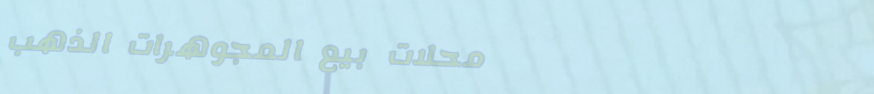
محلات بيع المجوهرات الذهب